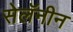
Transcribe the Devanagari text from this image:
सेलॅनीन